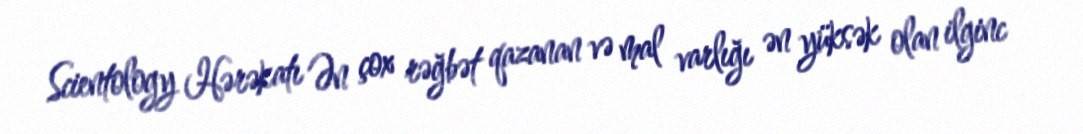
Scientology Hərəkatı Ən çox rəğbət qazanan və mal varlığı ən yüksək olan ilginc